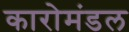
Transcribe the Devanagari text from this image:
कारोमंडल